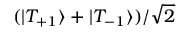
( \vert { T _ { + 1 } } \rangle + \vert { T _ { - 1 } } \rangle ) / \sqrt { 2 }